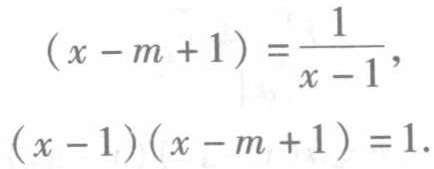
\[
\begin{align*}
(x - m + 1)&=\frac{1}{x - 1},\\
(x - 1)(x - m + 1)&=1.
\end{align*}
\]